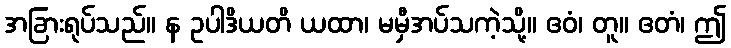
အခြားရုပ်သည်။ န ဥပါဒိယတိ ယထာ၊ မမှီအပ်သကဲ့သို့။ ဧဝံ၊ တူ။ ဧတံ၊ ဤ